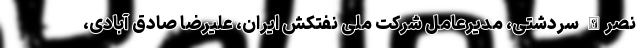
نصرالله سردشتی، مدیرعامل شرکت ملی نفتکش ایران، علیرضا صادق آبادی،